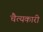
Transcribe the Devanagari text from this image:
चैत्यकारी